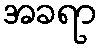
အခရာ